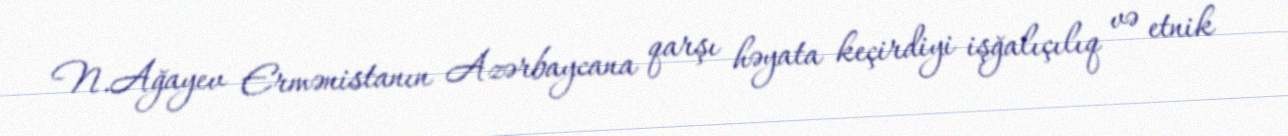
N.Ağayev Ermənistanın Azərbaycana qarşı həyata keçirdiyi işğalıçılıq və etnik